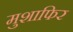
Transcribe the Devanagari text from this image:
मुशाफिर